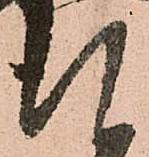
謹